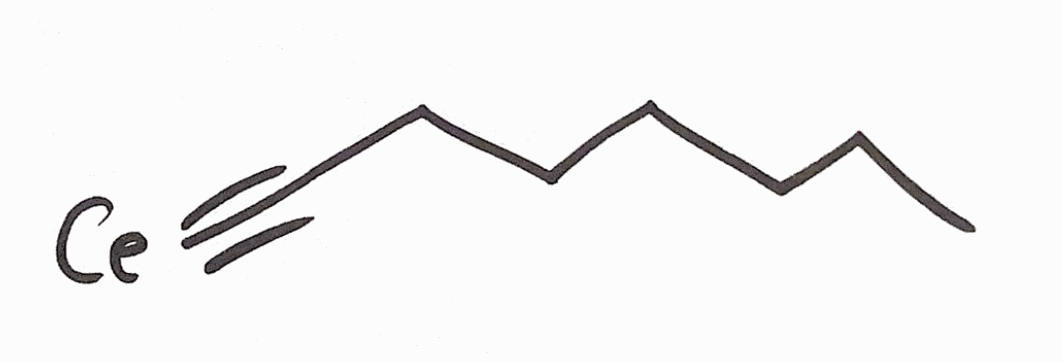
Simplified molecular-input line-entry system (SMILES) notation of the given molecule:
CCCCCCC#[Ce]